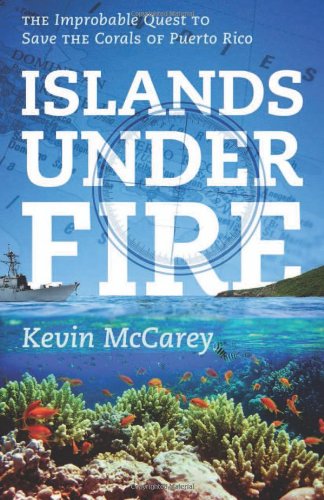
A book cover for Islands Under Fire: The Improbable Quest to Save the Corals of Puerto Rico; Kevin McCarey; Travel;